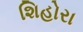
શિહોરા